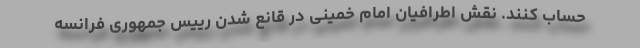
حساب کنند. نقش اطرافیان امام خمینی در قانع شدن رییس جمهوری فرانسه